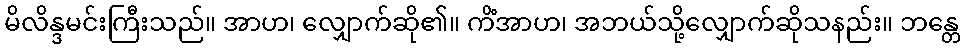
မိလိန္ဒမင်းကြီးသည်။ အာဟ၊ လျှောက်ဆို၏။ ကိံအာဟ၊ အဘယ်သို့လျှောက်ဆိုသနည်း။ ဘန္တေ